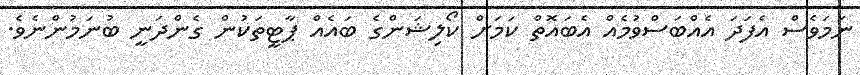
ނަމަވެސް އެފަދަ އެއްބަސްވުމެއް އެބައޮތް ކަމަށް ކޯލިޝަންގެ ބައެއް ޕާޓީތަކުން ގެންދަނީ ބުނަމުންނެވެ.